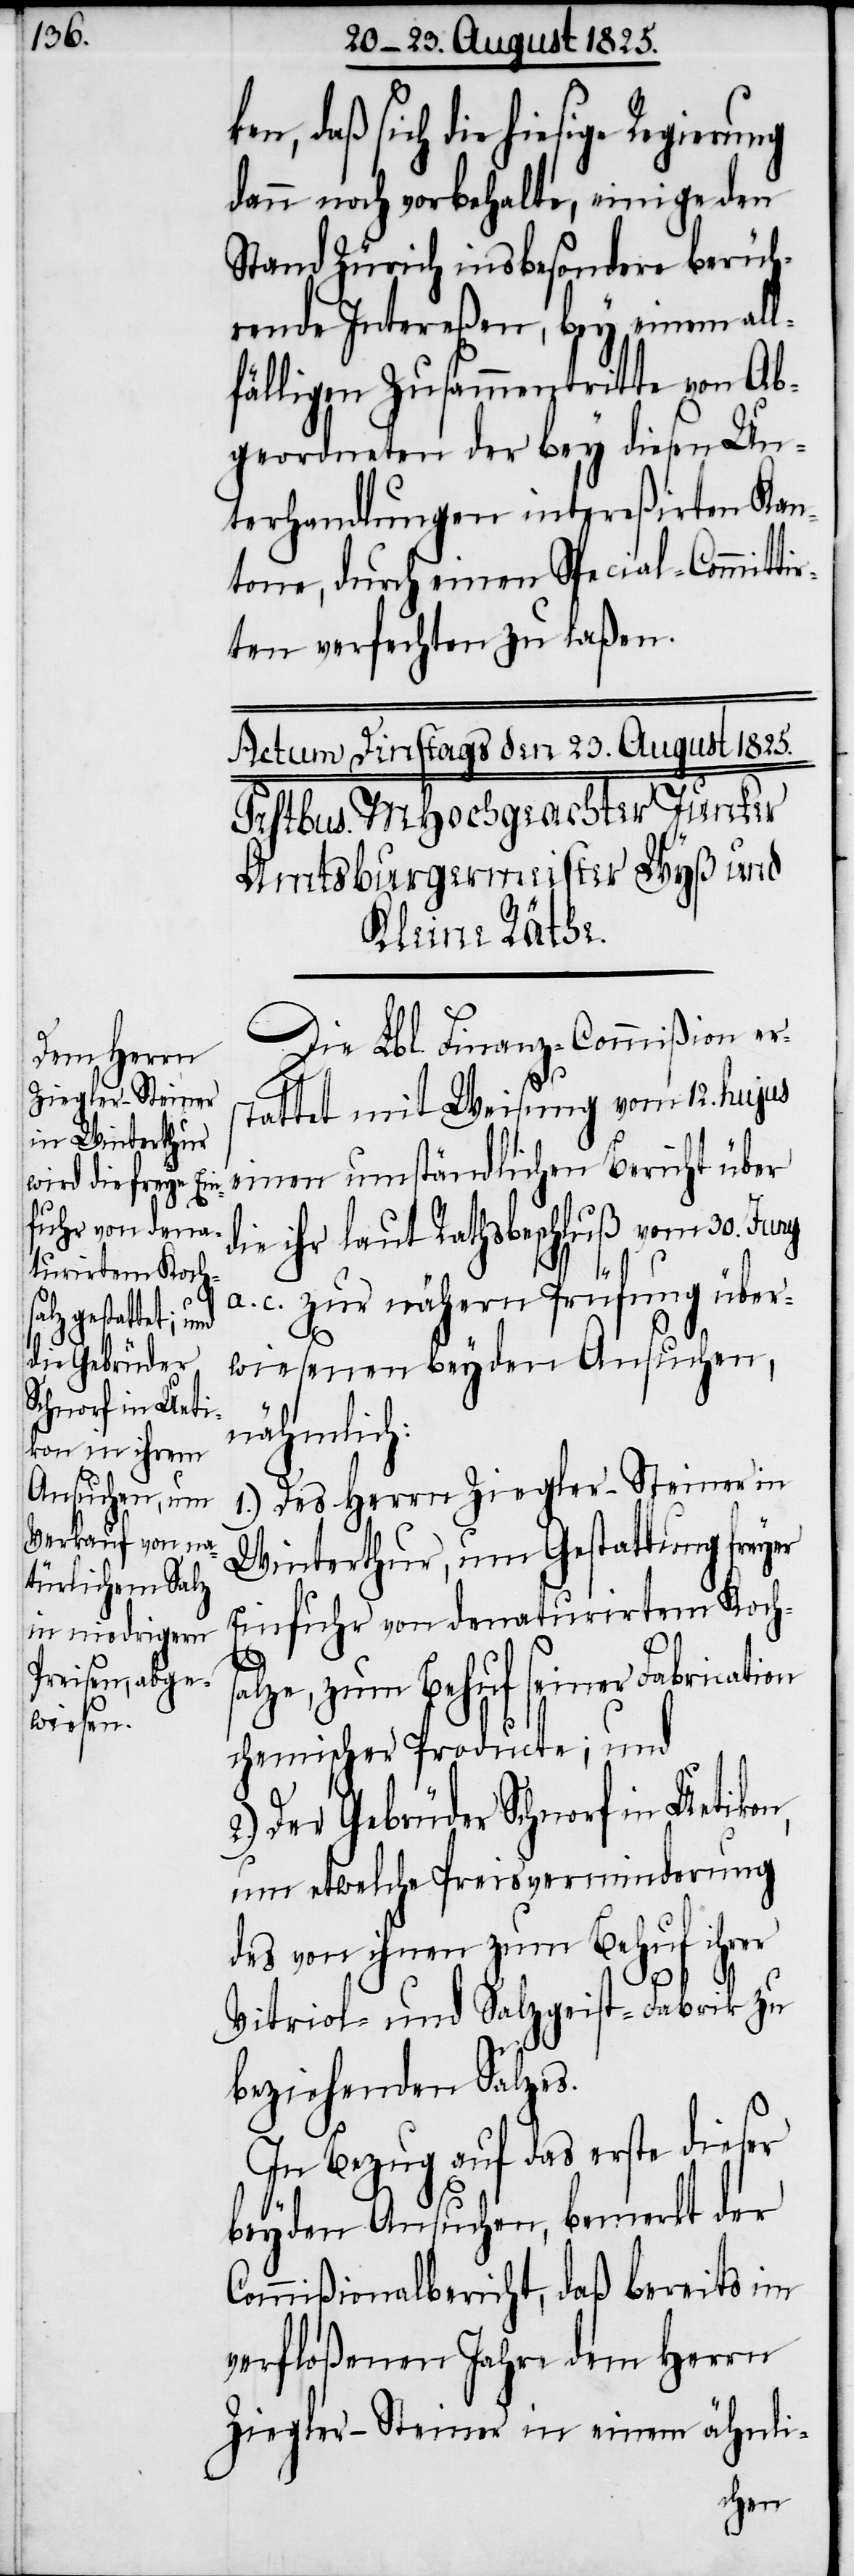
daß sich die hiesige Regierung
dann noch vorbehalte, einige den
Stand Zürich insbesondere berüh¬
rende Intereßen, bey einem all¬
fälligen Zusammentritte von Ab¬
geordneten der bey diesen Un¬
terhandlungen intereßirten Kan¬
tone, durch einen Special-Committi¬
rten verfechten zu laßen.
Die Lbl. Finanz-Commißion er¬
stattet mit Weisung vom 12. hujus
einen umständlichen Bericht über
die ihr laut Rathsbeschluß vom 30. Juny
a. c. zur nähern Prüfung über¬
wiesenen beyden Ansuchen,
nähmlich:
1.) Des Herrn Ziegler-Steiner in
Winterthur, um Gestattung freyer
Einfuhr von denaturirtem Kochs¬
alze, zum Behuf seiner Fabrication
chemischer Produkte; und
2.) Der Gebrüder Schnorf in Uetikon,
um etwelche Preisverminderung
des von ihnen zum Behuf ihrer
Vitriol- und Salzgeist-Fabrik zu
beziehenden Salzes.
In Bezug auf das erste dieser
beyden Ansuchen, bemerkt der
Commißionalbericht, daß bereits im
verfloßenen Jahre dem Herrn
Ziegler-Steiner in einem ähnli-